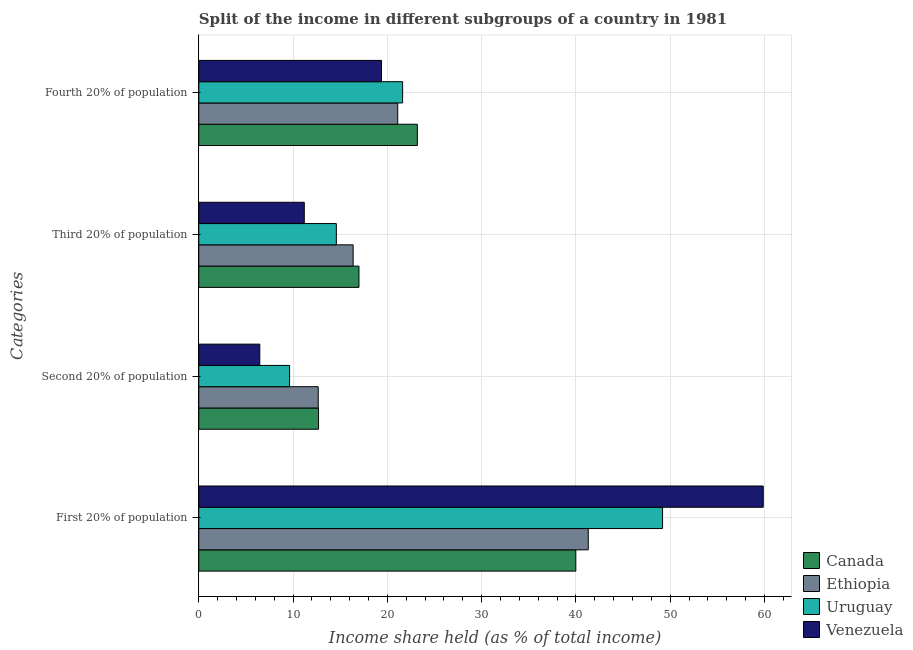
| Categories | Canada | Ethiopia | Uruguay | Venezuela |
 | --- | --- | --- | --- | --- |
 | First 20% of population | 40 | 41.3 | 49.2 | 59.9 |
 | Second 20% of population | 12.7 | 12.7 | 9.63 | 6.47 |
 | Third 20% of population | 17 | 16.4 | 14.6 | 11.2 |
 | Fourth 20% of population | 23.2 | 21.1 | 21.6 | 19.4 |